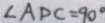
\angle A D C = 9 0 ^ { \circ }